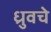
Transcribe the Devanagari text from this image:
ध्रुवचे